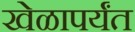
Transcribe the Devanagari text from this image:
खेळापर्यंत